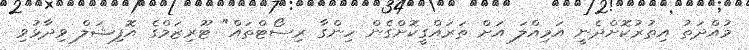
މުއްދަތު އިތުރުކޮށްދެނީ އަމިއްލަ އަށް ތަރައްގީކޮށްގެން ހިންގާ ރިސޯޓްތައް" ޓޫރިޒަމްގެ އޮފިޝަލް ވިދާޅުވި